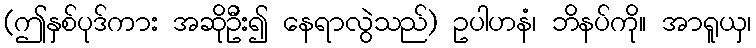
(ဤနှစ်ပုဒ်ကား အဆိုဦး၍ နေရာလွဲသည်) ဥပါဟနံ၊ ဘိနပ်ကို။ အာရူယှ၊